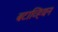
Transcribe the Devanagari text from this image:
बटाव्हियन